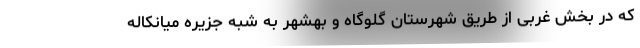
که در بخش غربی از طریق شهرستان گلوگاه و بهشهر به شبه جزیره میانکاله